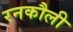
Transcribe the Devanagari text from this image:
रनकौली